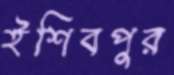
ইশিবপুর